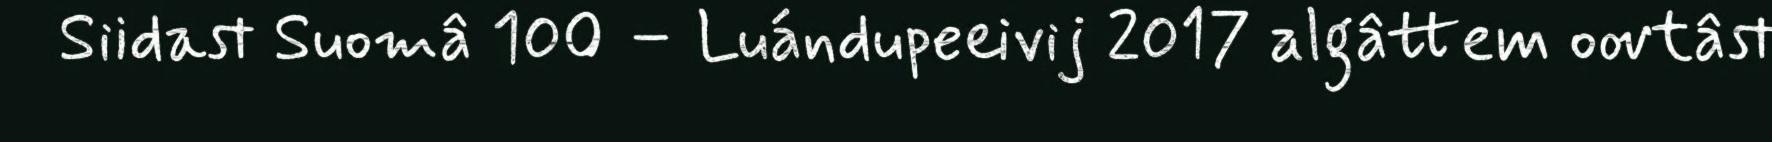
Siidast Suomâ 100 – Luándupeeivij 2017 algâttem oovtâst